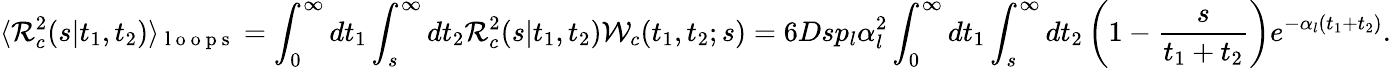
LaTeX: \langle{\cal R}_{c}^{2}(s|t_{1},t_{2})\rangle_{\mathrm{~l~o~o~p~s~}}=\int_{0}^{\infty}dt_{1}\int_{s}^{\infty}dt_{2}{\cal R}_{c}^{2}(s|t_{1},t_{2}){\cal W}_{c}(t_{1},t_{2};s)=6Dsp_{l}\alpha_{l}^{2}\int_{0}^{\infty}dt_{1}\int_{s}^{\infty}dt_{2}\left(1-\frac{s}{t_{1}+t_{2}}\right)e^{-\alpha_{l}(t_{1}+t_{2})}.